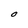
Character: O